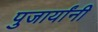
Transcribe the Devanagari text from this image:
पुजार्यांनी